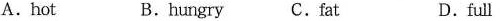
A. hot B.hungry C.fat D.full